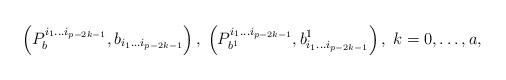
LaTeX: \begin{align*}\left( P_b^{i_1\ldots i_{p-2k-1}},b_{i_1\ldots i_{p-2k-1}}\right),\;\left( P_{b^1}^{i_1\ldots i_{p-2k-1}},b_{i_1\ldots i_{p-2k-1}}^1\right),\;k=0,\ldots ,a,\end{align*}